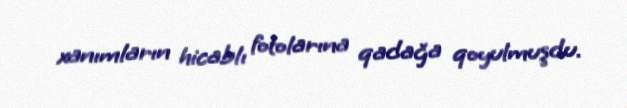
xanımların hicablı fotolarına qadağa qoyulmuşdu.